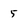
Character: 5